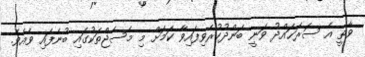
ވާތީ އެ ސަރަޙައްދު ވަނީ ބަންދުކުރެވިފައިވާ ކަމަށް މި މެސެޖްތަކުގައި ބުނެފައި ވެއެވެ.